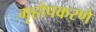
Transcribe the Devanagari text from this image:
गृहोपकरणे